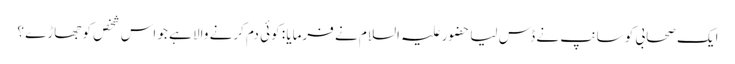
ایک صحابی کو سانپ نے ڈس لیا حضور علیہ السلام نے فرمایا : کوئی دم کرنے والا ہے جو اس شخص کو جھاڑے ؟